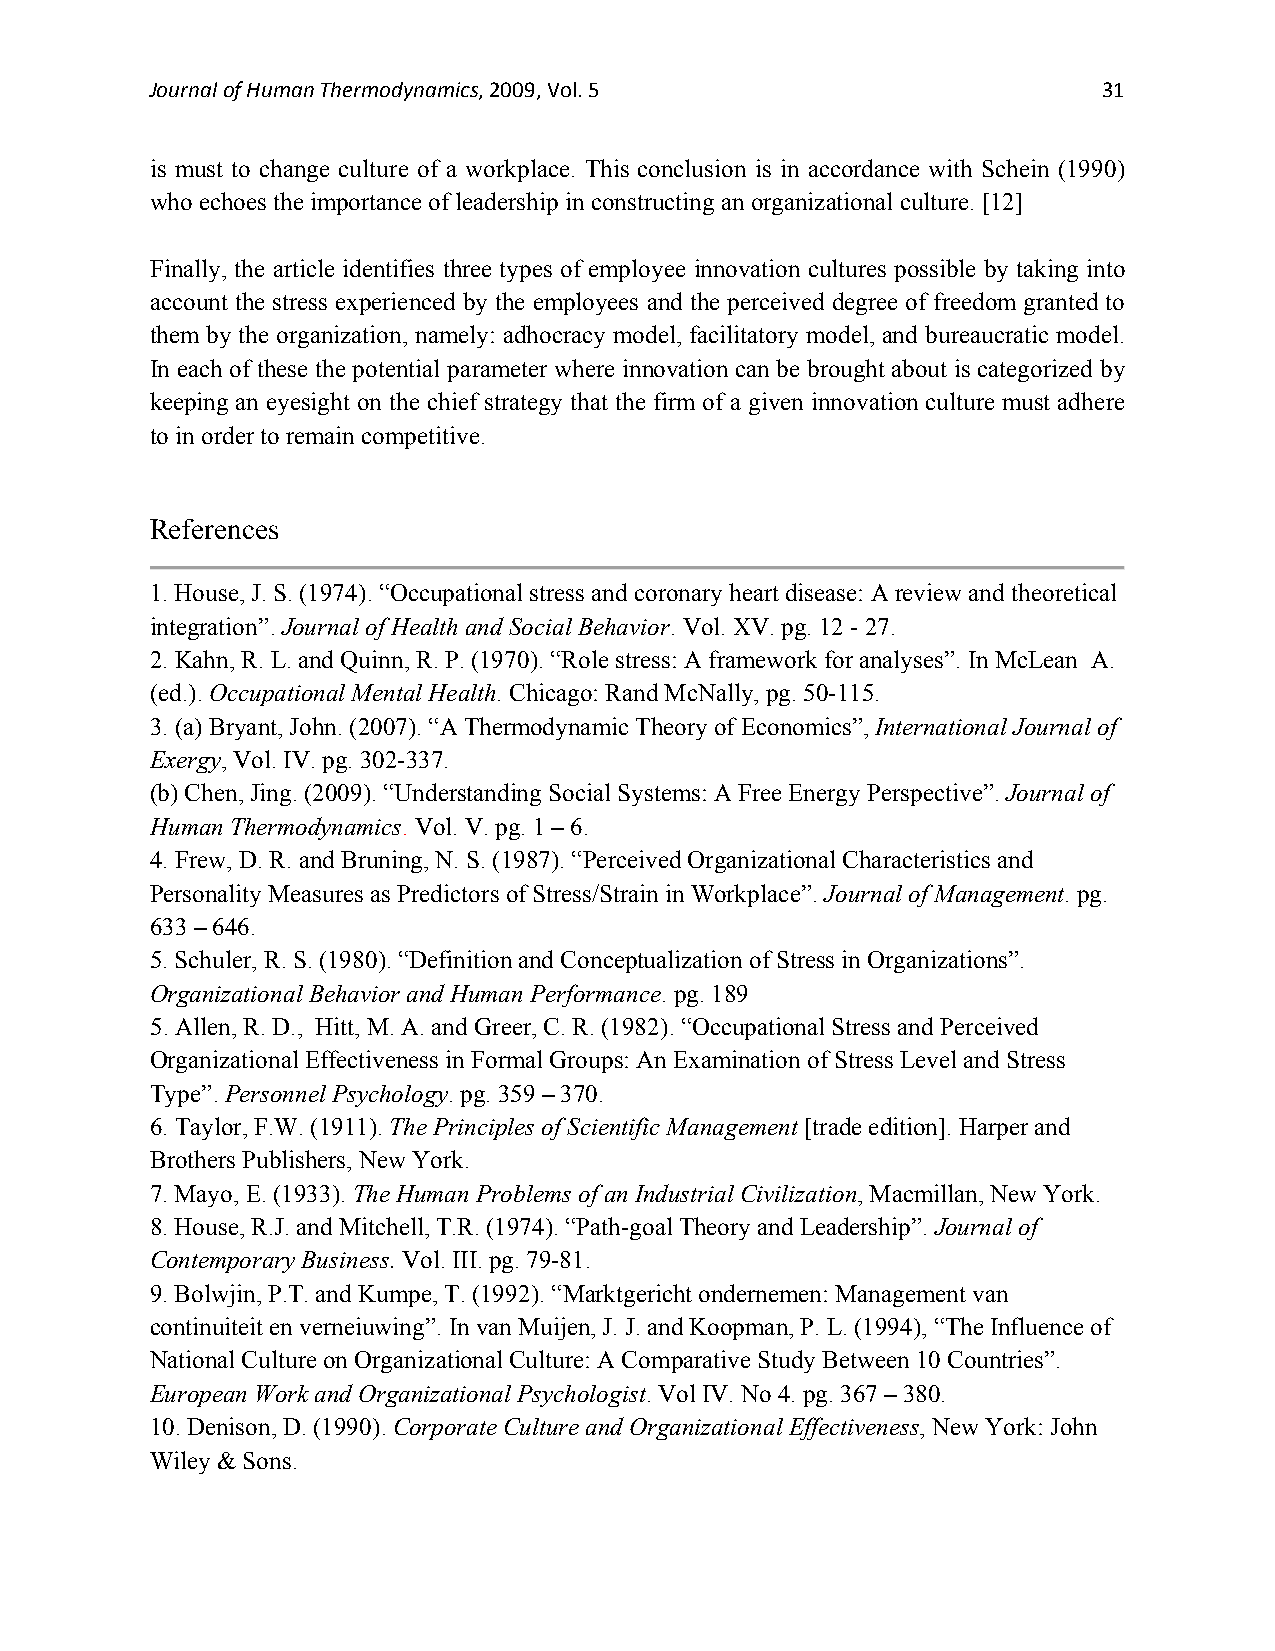
Journal of Human Thermodynamics, 2009, Vol. 5                  31
 is must to change culture of a workplace. This conclusion is in accordance with Schein (1990)
 who echoes the importance of leadership in constructing an organizational culture. [12]
 Finally, the article identifies three types of employee innovation cultures possible by taking into
 account the stress experienced by the employees and the perceived degree of freedom granted to
 them by the organization, namely: adhocracy model, facilitatory model, and bureaucratic model.
 In each of these the potential parameter where innovation can be brought about is categorized by
 keeping an eyesight on the chief strategy that the firm of a given innovation culture must adhere
 to in order to remain competitive.
 References
 1. House, J. S. (1974). “Occupational stress and coronary heart disease: A review and theoretical
 integration”. Journal of Health and Social Behavior. Vol. XV. pg. 12 - 27.
 2. Kahn, R. L. and Quinn, R. P. (1970). “Role stress: A framework for analyses”. In McLean A.
 (ed.). Occupational Mental Health. Chicago: Rand McNally, pg. 50-115.
 3. (a) Bryant, John. (2007). “A Thermodynamic Theory of Economics”, International Journal of
 Exergy, Vol. IV. pg. 302-337.
 (b) Chen, Jing. (2009). “Understanding Social Systems: A Free Energy Perspective”. Journal of
 Human Thermodynamics. Vol. V. pg. 1 – 6.
 4. Frew, D. R. and Bruning, N. S. (1987). “Perceived Organizational Characteristics and
 Personality Measures as Predictors of Stress/Strain in Workplace”. Journal of Management. pg.
 633 – 646.
 5. Schuler, R. S. (1980). “Definition and Conceptualization of Stress in Organizations”.
 Organizational Behavior and Human Performance. pg. 189
 5. Allen, R. D., Hitt, M. A. and Greer, C. R. (1982). “Occupational Stress and Perceived
 Organizational Effectiveness in Formal Groups: An Examination of Stress Level and Stress
 Type”. Personnel Psychology. pg. 359 – 370.
 6. Taylor, F.W. (1911). The Principles of Scientific Management [trade edition]. Harper and
 Brothers Publishers, New York.
 7. Mayo, E. (1933). The Human Problems of an Industrial Civilization, Macmillan, New York.
 8. House, R.J. and Mitchell, T.R. (1974). “Path-goal Theory and Leadership”. Journal of
 Contemporary Business. Vol. III. pg. 79-81.
 9. Bolwjin, P.T. and Kumpe, T. (1992). “Marktgericht ondernemen: Management van
 continuiteit en verneiuwing”. In van Muijen, J. J. and Koopman, P. L. (1994), “The Influence of
 National Culture on Organizational Culture: A Comparative Study Between 10 Countries”.
 European Work and Organizational Psychologist. Vol IV. No 4. pg. 367 – 380.
 10. Denison, D. (1990). Corporate Culture and Organizational Effectiveness, New York: John
 Wiley & Sons.